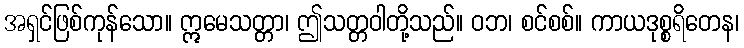
အရှင်ဖြစ်ကုန်သော။ ဣမေသတ္တာ၊ ဤသတ္တဝါတို့သည်။ ဝဘ၊ စင်စစ်။ ကာယဒုစ္စရိတေန၊